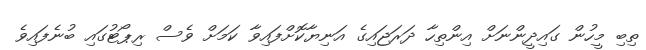
ތިބި މީހުން ގައިދީންނަށް އިންތިހާ ދަރަޖައިގެ އަނިޔާކޮށްފައިވާ ކަމަށް ވެސް ރިޕޯޓުގައި ބުނެފައިވެ